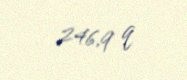
246,9 q